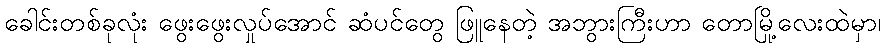
ခေါင်းတစ်ခုလုံး ဖွေးဖွေးလှုပ်အောင် ဆံပင်တွေ ဖြူနေတဲ့ အဘွားကြီးဟာ တောမြို့လေးထဲမှာ၊